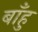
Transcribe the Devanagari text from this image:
बाँहु